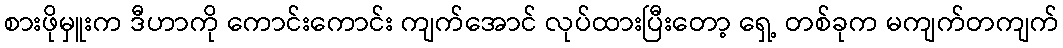
စားဖိုမှူးက ဒီဟာကို ကောင်းကောင်း ကျက်အောင် လုပ်ထားပြီးတော့ ရှေ့ တစ်ခုက မကျက်တကျက်